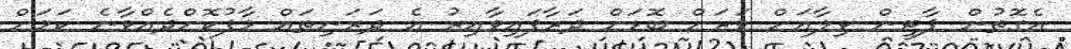
އެގޮތުން ޕާޓީން ވިލާއަށް ވަރަށް ބޮޑަށް ދަރާފައިވާއިރު އެ ދަރަނިތައް މާފުކޮށްދެއްވާނެ ކަމަށް